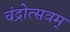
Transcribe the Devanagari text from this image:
चंद्रोत्सवम्